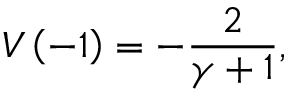
V \left( - 1 \right) = - \frac { 2 } { \gamma + 1 } ,